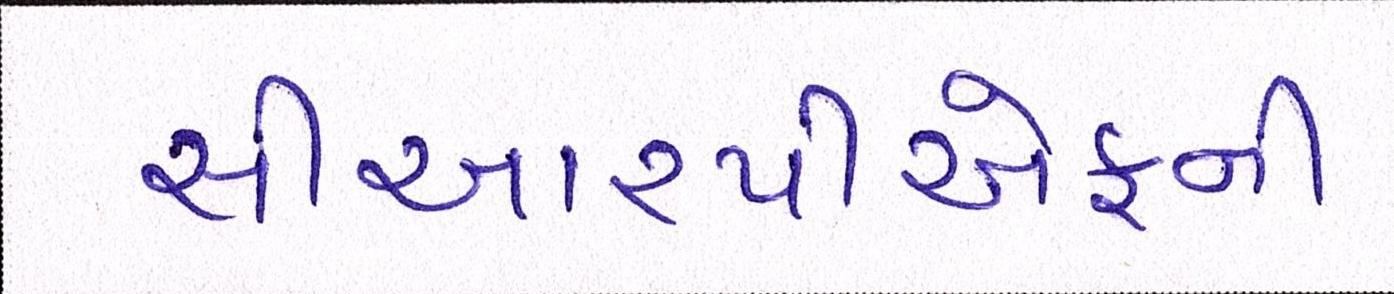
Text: સીઆરપીએફની